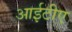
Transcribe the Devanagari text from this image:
आईटीए